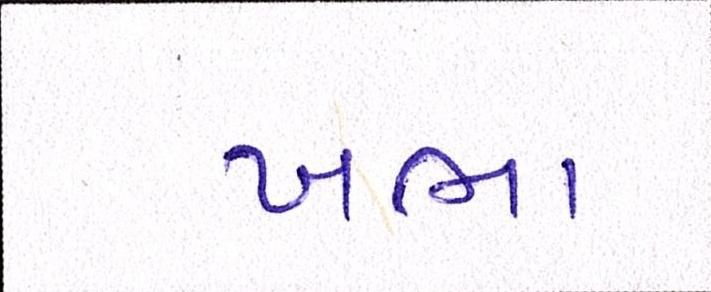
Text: ખભા